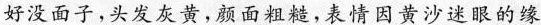
好没面子，头发灰黄，颜面粗糙，表情因黄沙迷眼的缘